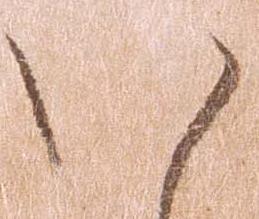
い